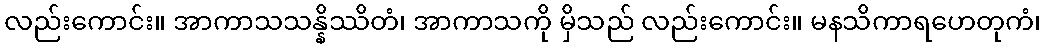
လည်းကောင်း။ အာကာသသန္နိဿိတံ၊ အာကာသကို မှိသည် လည်းကောင်း။ မနသိကာရဟေတုကံ၊